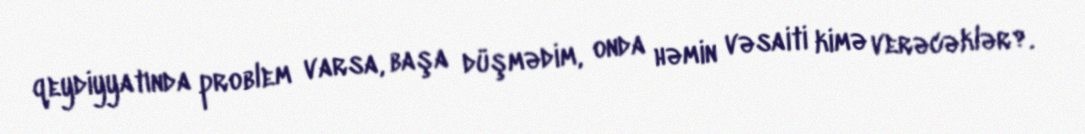
qeydiyyatında problem varsa, başa düşmədim, onda həmin vəsaiti kimə verəcəklər?.